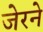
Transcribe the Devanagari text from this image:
जेरने